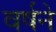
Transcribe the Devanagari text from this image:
वर्षने